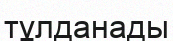
тұлданады